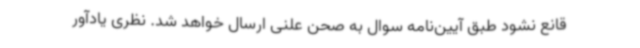
قانع نشود طبق آیین‌نامه سوال به صحن علنی ارسال خواهد شد. نظری یادآور